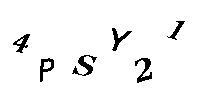
4PSY21